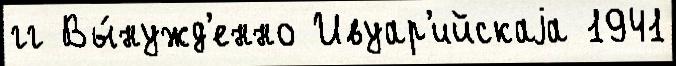
гг Вы́нужд'енно Ивуар'ийскаjа 1941